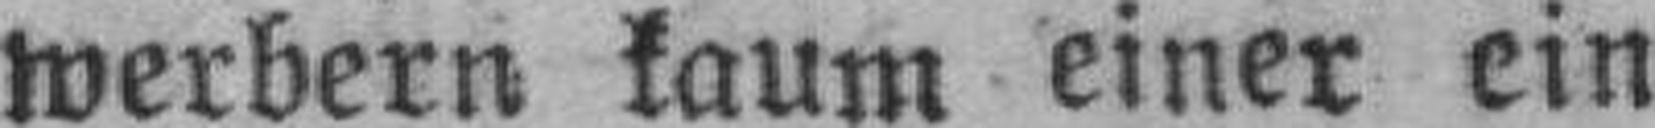
werbern kaum einer ein